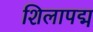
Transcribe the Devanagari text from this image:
शिलापद्म